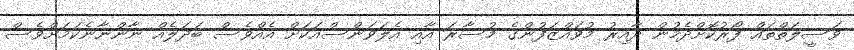
ވަސީލަތްތައް ފޯރުކޮށްދެމުން ދާއިރު މުވައްޒަފުންގެ މުސާރަ އާއި އެލަވަންސްއަކަށް އެއްވެސް ބަދަލެއް ނާންނާނެކަމަށްވެސް